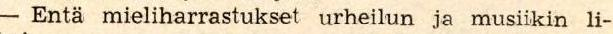
- Entä mieliharrastukset urheilun ja musiikin li-